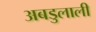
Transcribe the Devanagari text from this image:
अबडुलाली